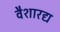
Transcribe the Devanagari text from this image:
वैशारद्य